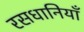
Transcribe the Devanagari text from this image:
रसधानियाँ